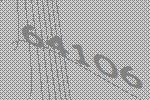
64106